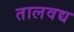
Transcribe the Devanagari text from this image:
तालवद्य